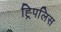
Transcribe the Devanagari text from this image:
ह्र्पिलिस